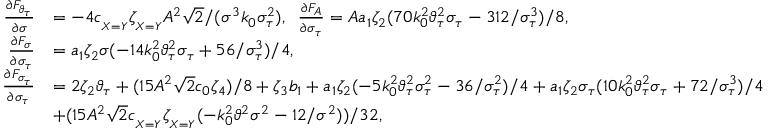
\begin{array} { r l } { \frac { \partial F _ { \vartheta _ { \tau } } } { \partial \sigma } } & { = - 4 c _ { _ { X = Y } } \zeta _ { _ { X = Y } } A ^ { 2 } \sqrt { 2 } / ( \sigma ^ { 3 } k _ { 0 } \sigma _ { \tau } ^ { 2 } ) , \; \; \frac { \partial F _ { A } } { \partial \sigma _ { \tau } } = A a _ { 1 } \zeta _ { 2 } ( 7 0 k _ { 0 } ^ { 2 } \vartheta _ { \tau } ^ { 2 } \sigma _ { \tau } - 3 1 2 / \sigma _ { \tau } ^ { 3 } ) / 8 , } \\ { \frac { \partial F _ { \sigma } } { \partial \sigma _ { \tau } } } & { = a _ { 1 } \zeta _ { 2 } \sigma ( - 1 4 k _ { 0 } ^ { 2 } \vartheta _ { \tau } ^ { 2 } \sigma _ { \tau } + 5 6 / \sigma _ { \tau } ^ { 3 } ) / 4 , } \\ { \frac { \partial F _ { \sigma _ { \tau } } } { \partial \sigma _ { \tau } } } & { = 2 \zeta _ { 2 } \vartheta _ { \tau } + ( 1 5 A ^ { 2 } \sqrt { 2 } c _ { 0 } \zeta _ { 4 } ) / 8 + \zeta _ { 3 } b _ { 1 } + a _ { 1 } \zeta _ { 2 } ( - 5 k _ { 0 } ^ { 2 } \vartheta _ { \tau } ^ { 2 } \sigma _ { \tau } ^ { 2 } - 3 6 / \sigma _ { \tau } ^ { 2 } ) / 4 + a _ { 1 } \zeta _ { 2 } \sigma _ { \tau } ( 1 0 k _ { 0 } ^ { 2 } \vartheta _ { \tau } ^ { 2 } \sigma _ { \tau } + 7 2 / \sigma _ { \tau } ^ { 3 } ) / 4 } \\ & { + ( 1 5 A ^ { 2 } \sqrt { 2 } c _ { _ { X = Y } } \zeta _ { _ { X = Y } } ( - k _ { 0 } ^ { 2 } \vartheta ^ { 2 } \sigma ^ { 2 } - 1 2 / \sigma ^ { 2 } ) ) / 3 2 , } \end{array}